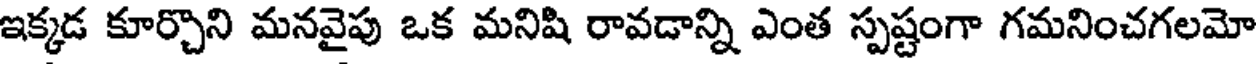
ఇక్కడ కూర్చొని మనవైపు ఒక మనిషి రావడాన్ని ఎంత స్పష్టంగా గమనించగలమో